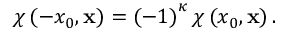
\chi \left( - x _ { 0 } , \mathbf { x } \right) = \left( - 1 \right) ^ { \kappa } \chi \left( x _ { 0 } , \mathbf { x } \right) .